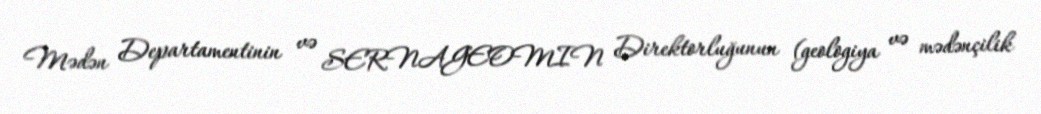
Mədən Departamentinin və SERNAGEOMIN Direktorluğunun (geologiya və mədənçilik